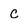
Character: c